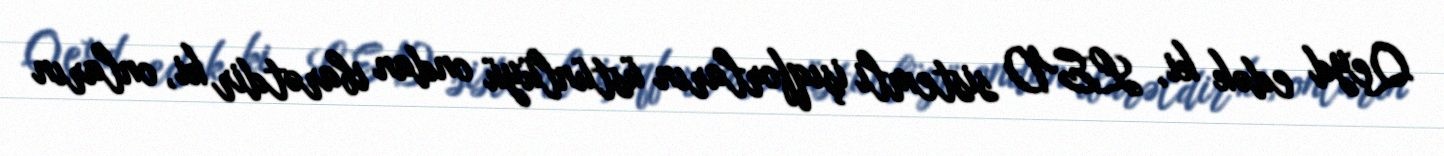
Qeyd edək ki, LED sistemli işıqforların üstünlüyü ondan ibarətdir ki, onların